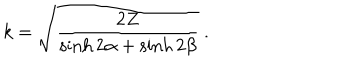
LaTeX: k = \sqrt { \frac { 2 Z } { \sinh 2 \alpha + \sinh 2 \beta } } \ .